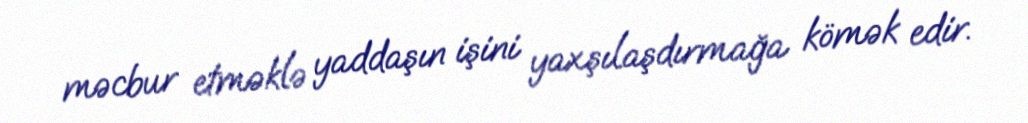
məcbur etməklə yaddaşın işini yaxşılaşdırmağa kömək edir.